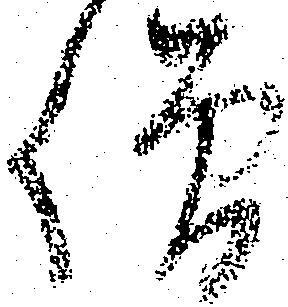
僧